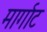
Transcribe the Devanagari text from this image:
मार्गाट